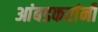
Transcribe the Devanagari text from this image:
आंबडकरांनी